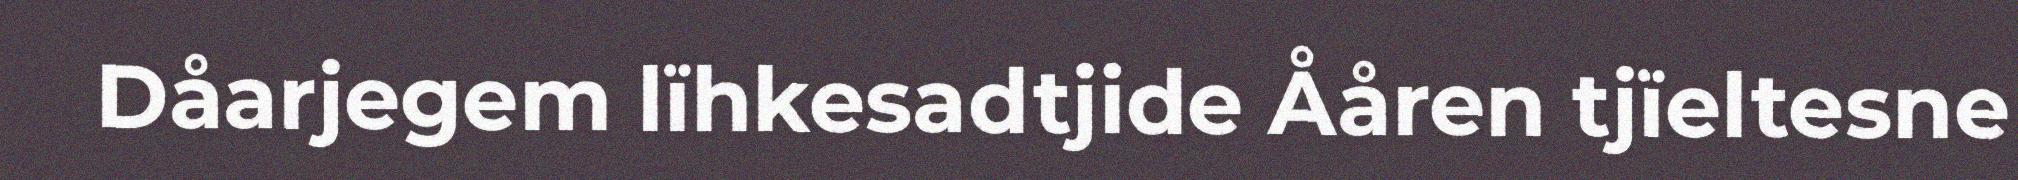
Dåarjegem lïhkesadtjide Ååren tjïeltesne